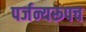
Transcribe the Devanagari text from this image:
पर्जन्यरूपच